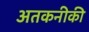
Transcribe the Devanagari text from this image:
अतकनीकी